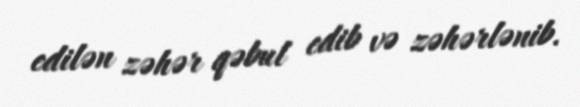
edilən zəhər qəbul edib və zəhərlənib.